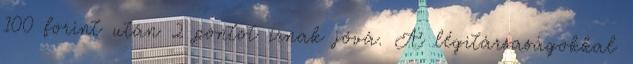
100 forint után 2 pontot írnak jóvá. A légitársaságokkal